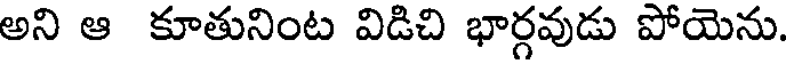
అని ఆ కూతునింట విడిచి భార్గవుడు పోయెను.